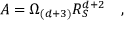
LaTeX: { \cal A } = \Omega _ { ( d + 3 ) } R _ { S } ^ { d + 2 } \quad ,